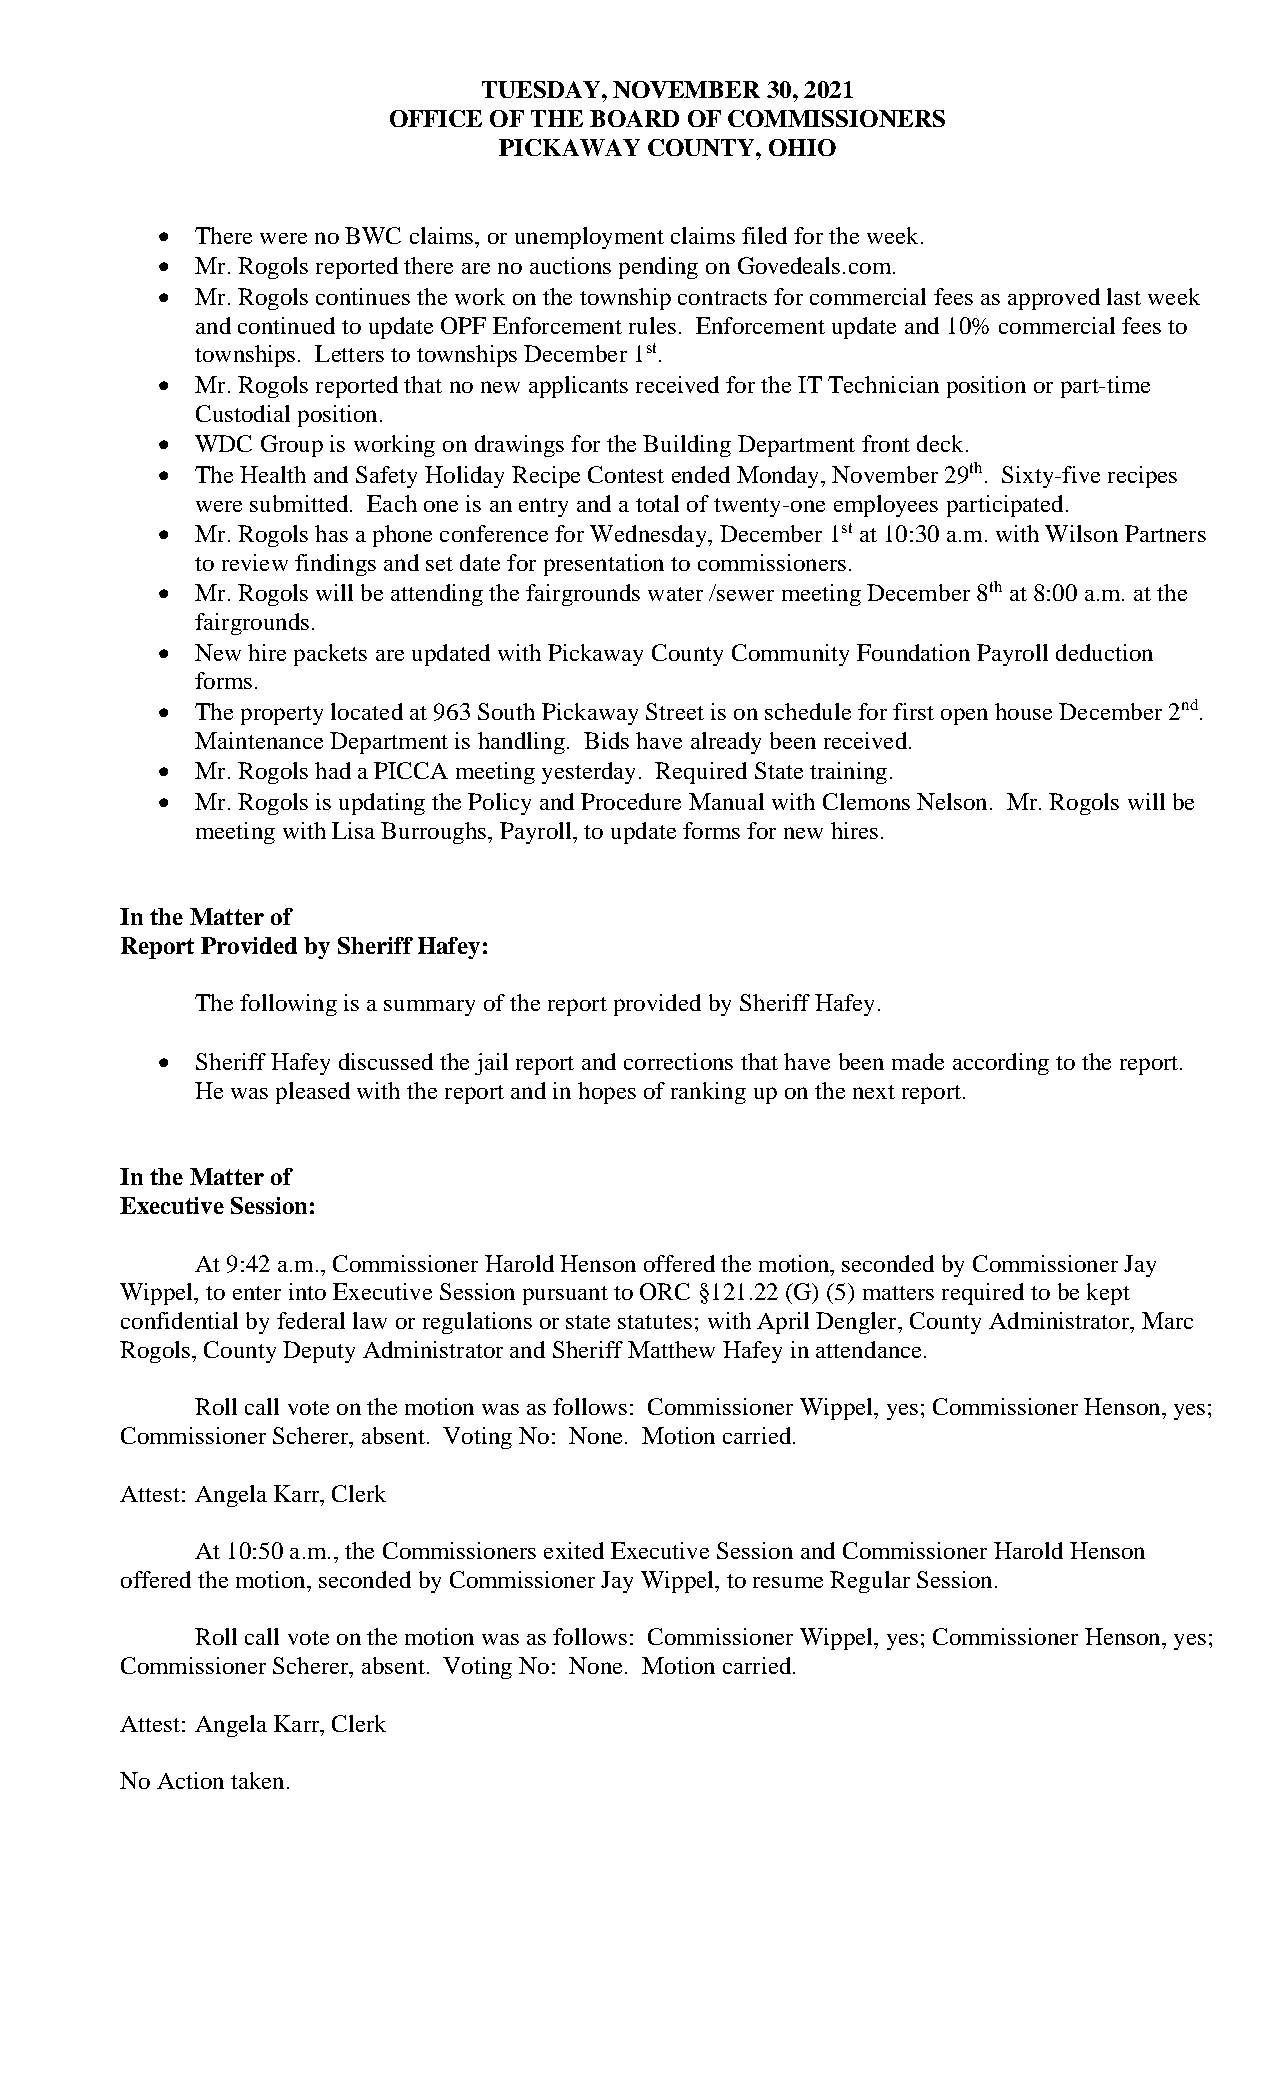
TUESDAY, NOVEMBER  30, 2021
 OFFICE OF THE BOARD OF COMMISSIONERS
 PICKAWAY  COUNTY, OHIO
 •  There were no BWC claims, or unemployment claims filed for the week.
 •  Mr. Rogols reported there are no auctions pending on Govedeals.com.
 •  Mr. Rogols continues the work on the township contracts for commercial fees as approved last week
 and continued to update OPF Enforcement rules. Enforcement update and 10% commercial fees to
 townships. Letters to townships December 1st.
 •  Mr. Rogols reported that no new applicants received for the IT Technician position or part-time
 Custodial position.
 •  WDC Group is working on drawings for the Building Department front deck.
 •  The Health and Safety Holiday Recipe Contest ended Monday, November 29th. Sixty-five recipes
 were submitted. Each one is an entry and a total of twenty-one employees participated.
 •  Mr. Rogols has a phone conference for Wednesday, December 1st at 10:30 a.m. with Wilson Partners
 to review findings and set date for presentation to commissioners.
 •  Mr. Rogols will be attending the fairgrounds water /sewer meeting December 8th at 8:00 a.m. at the
 fairgrounds.
 •  New hire packets are updated with Pickaway County Community Foundation Payroll deduction
 forms.
 •  The property located at 963 South Pickaway Street is on schedule for first open house December 2nd.
 Maintenance Department is handling. Bids have already been received.
 •  Mr. Rogols had a PICCA meeting yesterday. Required State training.
 •  Mr. Rogols is updating the Policy and Procedure Manual with Clemons Nelson. Mr. Rogols will be
 meeting with Lisa Burroughs, Payroll, to update forms for new hires.
 In the Matter of
 Report Provided by Sheriff Hafey:
 The following is a summary of the report provided by Sheriff Hafey.
 •  Sheriff Hafey discussed the jail report and corrections that have been made according to the report.
 He was pleased with the report and in hopes of ranking up on the next report.
 In the Matter of
 Executive Session:
 At 9:42 a.m., Commissioner Harold Henson offered the motion, seconded by Commissioner Jay
 Wippel, to enter into Executive Session pursuant to ORC §121.22 (G) (5) matters required to be kept
 confidential by federal law or regulations or state statutes; with April Dengler, County Administrator, Marc
 Rogols, County Deputy Administrator and Sheriff Matthew Hafey in attendance.
 Roll call vote on the motion was as follows: Commissioner Wippel, yes; Commissioner Henson, yes;
 Commissioner Scherer, absent. Voting No: None. Motion carried.
 Attest: Angela Karr, Clerk
 At 10:50 a.m., the Commissioners exited Executive Session and Commissioner Harold Henson
 offered the motion, seconded by Commissioner Jay Wippel, to resume Regular Session.
 Roll call vote on the motion was as follows: Commissioner Wippel, yes; Commissioner Henson, yes;
 Commissioner Scherer, absent. Voting No: None. Motion carried.
 Attest: Angela Karr, Clerk
 No Action taken.